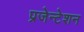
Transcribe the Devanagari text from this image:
प्रजेन्टेशन